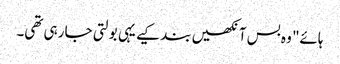
ہائے" وہ بس آنکھیں بند کیے یہی بولتی جا رہی تھی۔